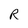
Character: R